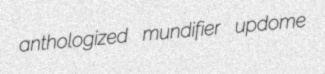
anthologized mundifier updome